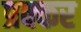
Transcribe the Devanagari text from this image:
प्रक्कर